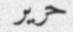
حرير